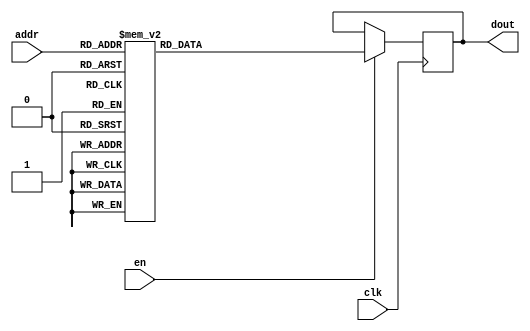
`timescale 1ns / 1ps
/*
Copyright
All right reserved.
Module Name: rom_syn
Author  : Zichuan Liu, Yixing Li and Wenye Liu.
Description:
A synthesized ROM: ROM_DEP x ROM_WID
*/
module DC_9_REF_ROM_11(
// inputs
clk,
en,
addr,
// outputs
dout
);
localparam ROM_WID = 11;
localparam ROM_DEP = 32;
localparam ROM_ADDR = 5;
// input definition
input clk;
input en;
input [ROM_ADDR-1:0] addr;
// output definition
output [ROM_WID-1:0] dout;
reg [ROM_WID-1:0] data;
always @(posedge clk)
begin
if (en) begin
case(addr)
		5'd0: data <= 11'b00111100101;
		5'd1: data <= 11'b01000110010;
		5'd2: data <= 11'b01000100111;
		5'd3: data <= 11'b00111111110;
		5'd4: data <= 11'b10100001111;
		5'd5: data <= 11'b00101001110;
		5'd6: data <= 11'b01111111111;
		5'd7: data <= 11'b01000001100;
		5'd8: data <= 11'b00111110010;
		5'd9: data <= 11'b00110111101;
		5'd10: data <= 11'b11011001110;
		5'd11: data <= 11'b01110011110;
		5'd12: data <= 11'b00111101001;
		5'd13: data <= 11'b11110110110;
		5'd14: data <= 11'b00111111101;
		5'd15: data <= 11'b00010101001;
		5'd16: data <= 11'b10100110010;
		5'd17: data <= 11'b01000011001;
		5'd18: data <= 11'b00111100010;
		5'd19: data <= 11'b01001000110;
		5'd20: data <= 11'b01111111111;
		5'd21: data <= 11'b01010000000;
		5'd22: data <= 11'b01000010000;
		5'd23: data <= 11'b00110111101;
		5'd24: data <= 11'b01001000100;
		5'd25: data <= 11'b10000000000;
		5'd26: data <= 11'b00111100000;
		5'd27: data <= 11'b00111000100;
		5'd28: data <= 11'b00111110101;
		5'd29: data <= 11'b01000011111;
		5'd30: data <= 11'b01000010111;
		5'd31: data <= 11'b01000010011;
		endcase
		end
	end
	assign dout = data;
endmodule